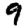
Digit: 9